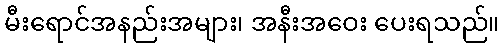
မီးရောင်အနည်းအများ၊ အနီးအဝေး ပေးရသည်။